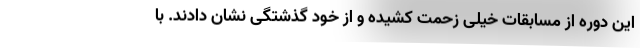
این دوره از مسابقات خیلی زحمت کشیده و از خود گذشتگی نشان دادند. با